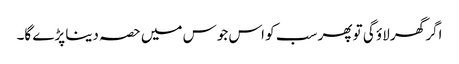
اگر گھر لاؤ گی تو پھر سب کو اس جوس میں حصہ دینا پڑے گا۔